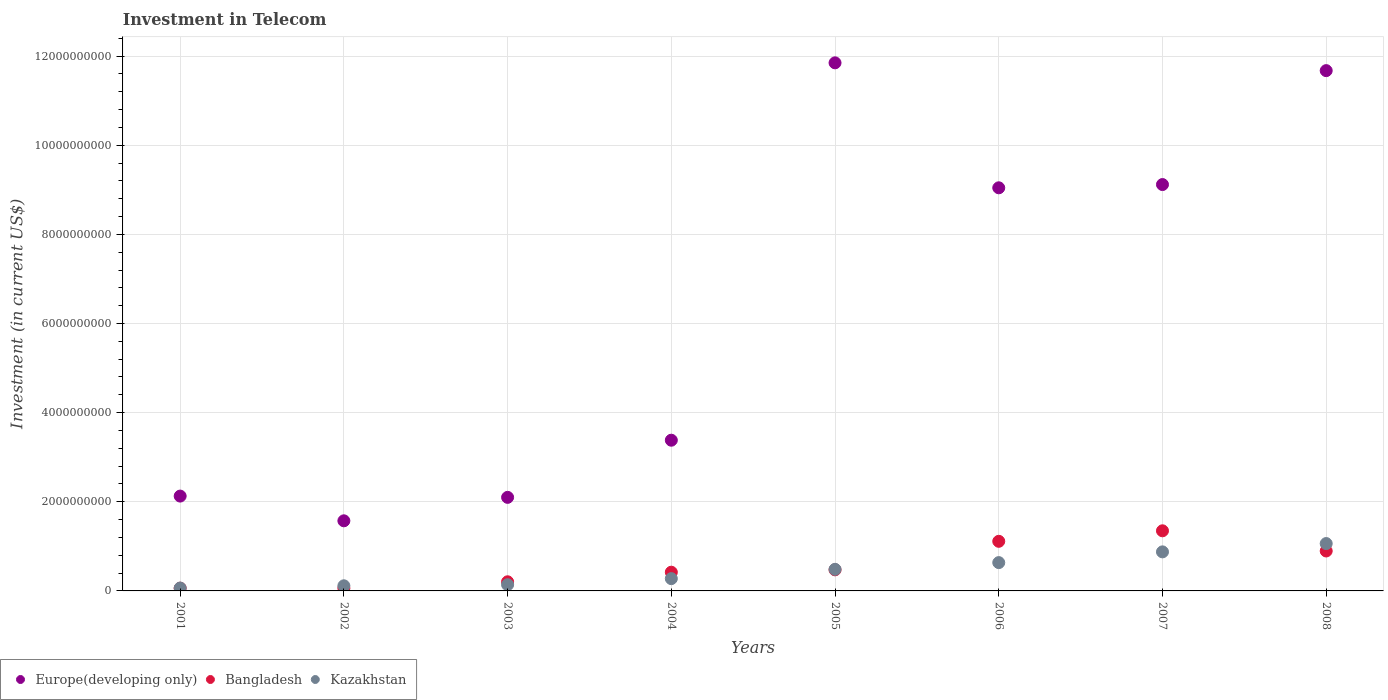
| Years | Europe(developing only) | Bangladesh | Kazakhstan |
 | --- | --- | --- | --- |
 | 2001 | 2.13e+09 | 6.13e+07 | 6.45e+07 |
 | 2002 | 1.57e+09 | 6.09e+07 | 1.15e+08 |
 | 2003 | 2.1e+09 | 2.05e+08 | 1.39e+08 |
 | 2004 | 3.38e+09 | 4.2e+08 | 2.76e+08 |
 | 2005 | 1.18e+10 | 4.73e+08 | 4.84e+08 |
 | 2006 | 9.04e+09 | 1.11e+09 | 6.35e+08 |
 | 2007 | 9.12e+09 | 1.35e+09 | 8.76e+08 |
 | 2008 | 1.17e+10 | 8.96e+08 | 1.06e+09 |